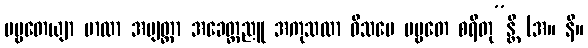
ပဗ္ဗတေယျာ ဗာလာ အဗျတ္တာ အခေတ္တညူ အကုသလာ ဝိသမေ ပဗ္ဗတေ စရိတု”န္တိ (အ။ နိ။